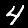
Digit: 4